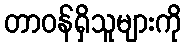
တာဝန်ရှိသူများကို